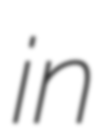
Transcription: in